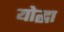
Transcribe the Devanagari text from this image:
योद्घा